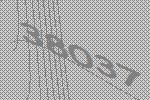
38037